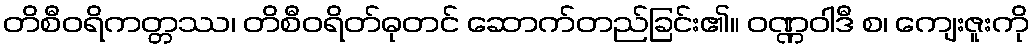
တိစီဝရိကတ္တဿ၊ တိစီဝရိတ်ဓုတင် ဆောက်တည်ခြင်း၏။ ဝဏ္ဏဝါဒီ စ၊ ကျေးဇူးကို